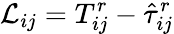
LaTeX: {\mathcal{L}}_{ij}=T_{ij}^{r}-{\hat{\tau}}_{ij}^{r}